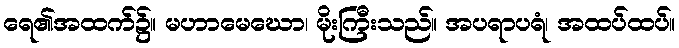
ရေ၏အထက်၌။ မဟာမေဃော၊ မိုးကြီးသည်။ အပရာပရံ၊ အထပ်ထပ်။